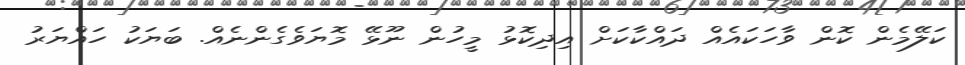
ކަލޭމެން ކޮން ވާހަކައެއް ދައްކާކަށް އިދިކޮޅު މީހުން ނޫޅޭ މޮޔަވެގެންނެއް. ބަޔަކު ހައްޔަރު